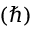
( \hbar )